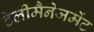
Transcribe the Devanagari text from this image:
टेलीमैनेजमेंट